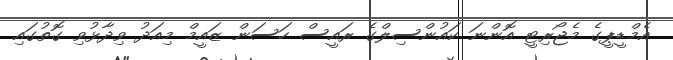
އެމްޑީޕީގެ މެޖޯރިޓީ އޮންނަ ކައުންސިލްގެ ރައީސް ހަސަން ޒައީމް މިއަދު ވިދާޅުވި ގޮތުގައި